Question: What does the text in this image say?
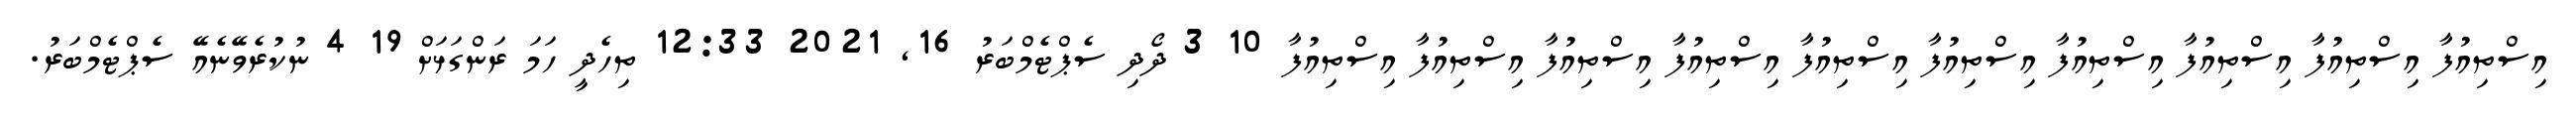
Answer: އިސްތިއުފާ އިސްތިއުފާ އިސްތިއުފާ އިސްތިއުފާ އިސްތިއުފާ އިސްތިއުފާ އިސްތިއުފާ އިސްތިއުފާ އިސްތިއުފާ އިސްތިއުފާ 10 3 ދޯދި ސެޕްޓެމްބަރު 16, 2021 12:33 ތިހެދީ ހަމަ ރަންގަޅަށް 19 4 ނުކުރެވޭނެއޭ ސެޕްޓެމްބަރު.